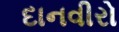
દાનવીરો